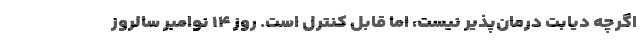
اگرچه دیابت درمان‌پذیر نیست، اما قابل کنترل است. روز ۱۴ نوامبر سالروز